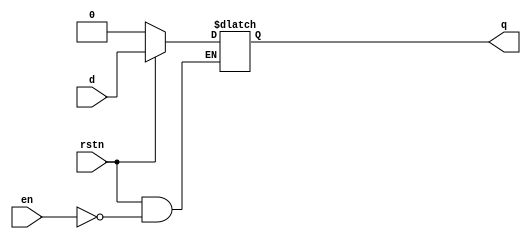
//`timescale 1ns / 1ps
//////////////////////////////////////////////////////////////////////////////////
// Company: 
// Engineer: 
// 
// Design Name: 
// Module Name:    D_latch 
// Project Name: 
// Target Devices: 
// Tool versions: 
// Description: 
//
// Dependencies: 
//
// Revision: 
// Revision 0.01 - File Created
// Additional Comments: 
//
///////////////////////////////////////////////////////////////////////////////
module d_latch ( input d,             // 1-bit input pin for data
                 input en,            // 1-bit input pin for enabling the latch
                 input rstn,         // 1-bit input pin for active-low reset
                 output reg q);       // 1-bit output pin for data output

// This always block is "always" triggered whenever en/rstn/d changes
// If reset is asserted, then the output will be zero
// Else as long as enable is high, output q follows input d

always @ (en or rstn or d)
if (!rstn)
q <= 0;
else
if (en)
q <= d;
endmodule